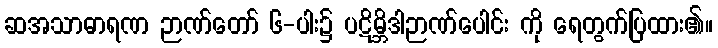
ဆအသာဓာရဏ ဉာဏ်တော် ၆-ပါး၌ ပဋိမ္ဘိဒါဉာဏ်ပေါင်း ကို ရေတွက်ပြထား၏။